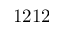
1 2 1 2